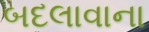
બદલાવાના